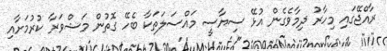
ރާއްޖޭގައި މިހާރު ދިމާވެގެން އުޅޭ ސިޔާސީ މައްސަލަތަކާ ބެހޭ ގޮތުން މަޝްވަރާ ކުރުމަށާއި